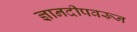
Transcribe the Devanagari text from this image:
ज्ञानदीपवरून